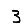
Digit: 3